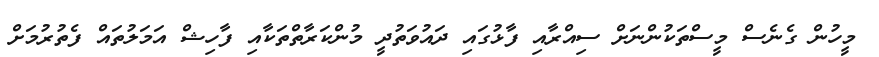
މީހުން ގެނެސް މީސްތަކުންނަށް ސިއްރާއި ފާޅުގައި ދައުވަތުދީ މުންކަރާތްތަކާއި ފާހިޝް އަމަލުތައް ފެތުރުމަށް